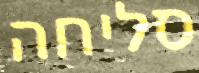
סליחה